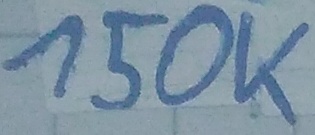
Text: 150K